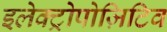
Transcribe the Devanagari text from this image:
इलेक्ट्रोपोज़िटिव